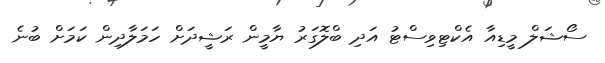
ސޯޝަލް މީޑިއާ އެކްޓިވިސްޓު އަދި ބްލޮގަރު ޔާމީން ރަޝީދަށް ހަމަލާދިން ކަމަށް ބުނެ